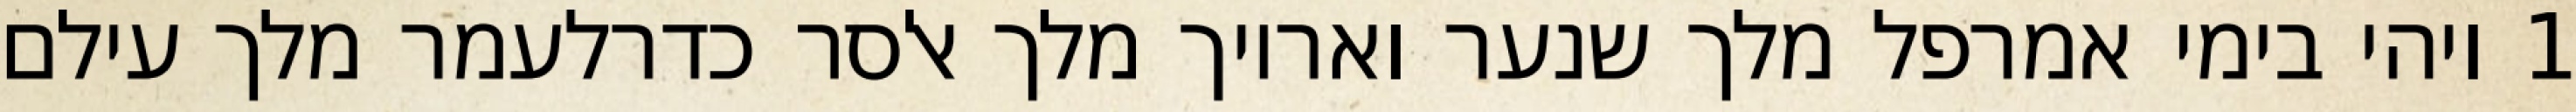
1 ויהי בימי אמרפל מלך שנער ואריוך מלך אלסר כדרלעמר מלך עילם